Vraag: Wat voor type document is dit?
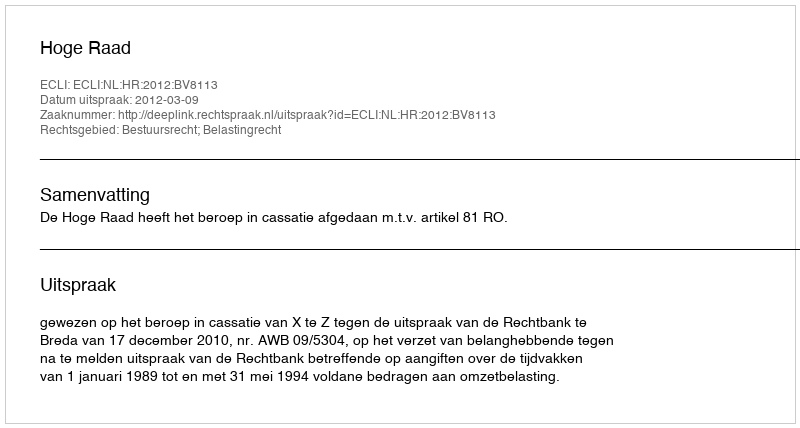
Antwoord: Uitspraak